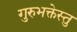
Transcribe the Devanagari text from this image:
गुरुभक्तेस्तु